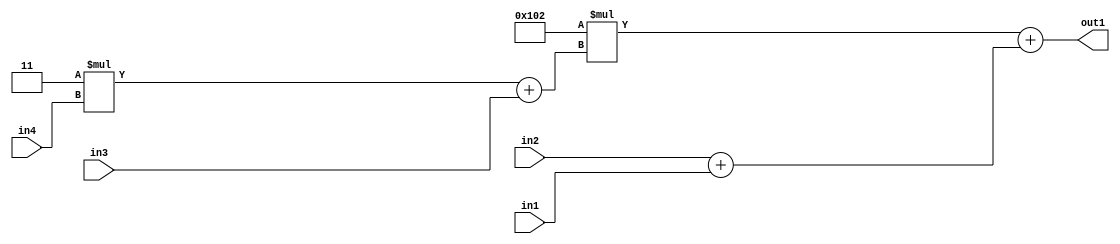
`timescale 1ps / 1ps
/*****************************************************************************
    Verilog RTL Description
    
    
    Created by: Stratus DpOpt 2019.1.01 
*******************************************************************************/

module DC_Filter_Add2Add2u8u2Mul2i258Add2u2Mul2i3u2_1 (
	in4,
	in3,
	in2,
	in1,
	out1
	); /* architecture "behavioural" */ 
input [1:0] in4,
	in3,
	in2;
input [7:0] in1;
output [11:0] out1;
wire [11:0] asc001;
wire [3:0] asc002;
wire [8:0] asc004;

wire [3:0] asc002_tmp_0;
assign asc002_tmp_0 = 
	+(4'B0011 * in4);
assign asc002 = asc002_tmp_0
	+(in3);

assign asc004 = 
	+(in2)
	+(in1);

wire [11:0] asc001_tmp_1;
assign asc001_tmp_1 = 
	+(12'B000100000010 * asc002);
assign asc001 = asc001_tmp_1
	+(asc004);

assign out1 = asc001;
endmodule

/* CADENCE  vrXxSQE= : u9/ySgnWtBlWxVPRXgAZ4Og= ** DO NOT EDIT THIS LINE ******/